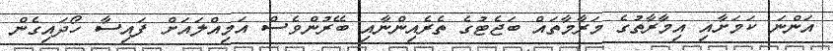
އަންނަ ކަމަށާއި އިމާރާތުގެ މަރާމާތައް ބަޖެޓުގެ ތެރެއިންނާއި ބޭރުންވެސް އަމިއްލައަށް ފައިސާ ހޯދައިގެން